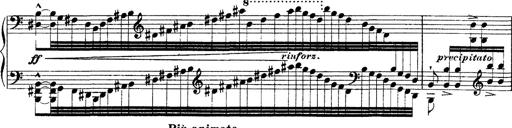
Title: Ã‰tudes d'exÃ©cution transcendante d'aprÃ¨s Paganini
Composer: Franz Liszt